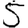
Digit: 5